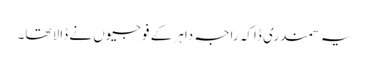
یہ سمندری ڈاکہ راجہ داہر کے فوجیوں نے ڈالا تھا۔